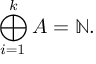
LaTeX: \bigoplus _ { i = 1 } ^ { k } A = \mathbb { N } .